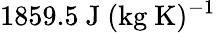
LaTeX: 1859.5~\mathrm{J~(kg~K)^{-1}}